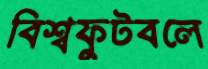
বিশ্বফুটবলে